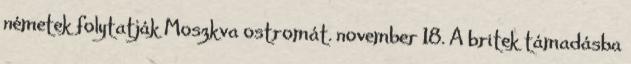
németek folytatják Moszkva ostromát. november 18. A britek támadásba